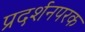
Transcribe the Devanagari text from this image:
प्रदर्शनपरक